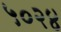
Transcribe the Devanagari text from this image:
५०२४